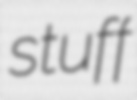
stuff